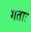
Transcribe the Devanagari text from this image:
गताः